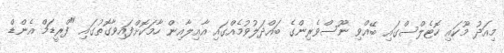
މިއަދު މޫކައި ހޮޓެލްސްގައި ބޭއްވި ނޫސްވެރިންގެ ބައްދަލުވުމެއްގައި އާއިލާއިން ހާމަކޮށްފައިވާގޮތުގައި "ފްރީޑަމް އެންޑް